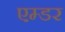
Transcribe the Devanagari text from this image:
एम्डर